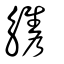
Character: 觿